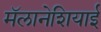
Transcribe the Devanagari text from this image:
मॅलानेशियाई